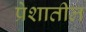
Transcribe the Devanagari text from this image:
प्रेशातील